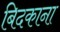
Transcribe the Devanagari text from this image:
बिदकाना